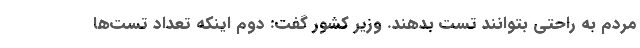
مردم به راحتی بتوانند تست بدهند. وزیر کشور گفت: دوم اینکه تعداد تست‌ها